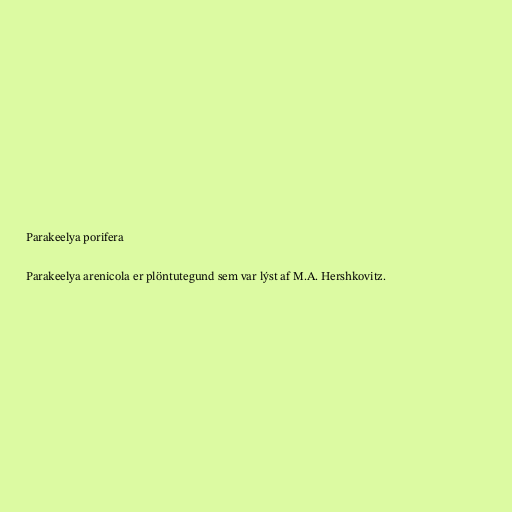
Parakeelya porifera

Parakeelya arenicola er plöntutegund sem var lýst af M.A. Hershkovitz.